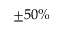
\pm 5 0 \%